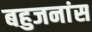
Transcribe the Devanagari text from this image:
बहुजनांस